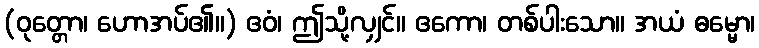
(ဝုတ္တော၊ ဟောအပ်၏။) ဧဝံ၊ ဤသို့လျှင်။ ဧကော၊ တစ်ပါးသော။ အယံ ဓမ္မော၊